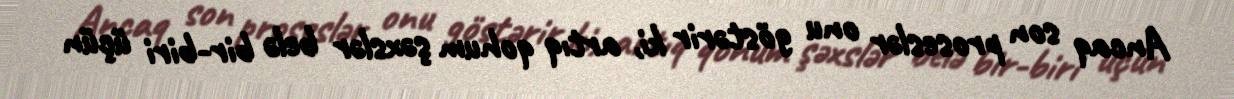
Ancaq son proseslər onu göstərir ki, artıq qohum şəxslər belə bir-biri üçün